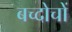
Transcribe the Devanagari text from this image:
बच्दोचों